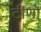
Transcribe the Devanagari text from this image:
टीणो